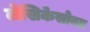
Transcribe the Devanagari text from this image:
लेखिकेसोबत